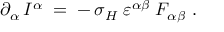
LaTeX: \partial _ { \alpha } \, I ^ { \alpha } \; = \; - \, \sigma _ { H } \; \varepsilon ^ { \alpha \beta } \; F _ { \alpha \beta } ~ .